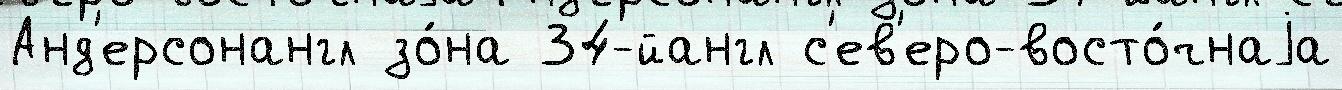
Анд'ерсонангл зо́на 34-йангл с'ев'еро-восто́чнаjа